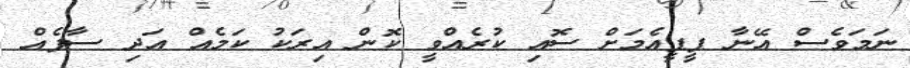
ނަމަވެސް އޭނާ ޕީޕީއެމަށް ސޮއި ކުރެއްވީ ކޮން އިރަކު ކަމެއް އަދި ސާފެއް